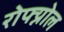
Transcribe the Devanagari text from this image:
रोफ्य्नोल